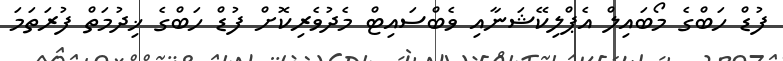
ފުޑް ހަބްގެ މޯބައިލް އެޕްލިކޭޝަނާއި ވެބްސައިޓް މެދުވެރިކޮށް ފުޑް ހަބްގެ ޚިދުމަތް ފުރަތަމަ